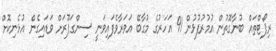
ރިޕޯޓްތައް ބުނާގޮތުން އުމުރުފުޅުން 91 އަހަރުގެ މުގާބޭ އަވަރާވެފައިވަނީ ސިންގަޕޫރަށް ވަޑައިގެން އުޅެނިކޮށް